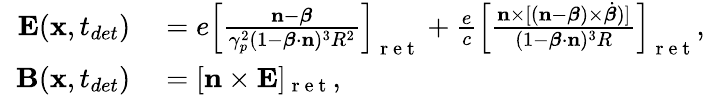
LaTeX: \begin{array}{rl}{\mathbf{E}(\mathbf{x},t_{det})}&{{}=e\left[\frac{\mathbf{n}-\boldsymbol{\beta}}{\gamma_{p}^{2}(1-\boldsymbol{\beta}\cdot\mathbf{n})^{3}R^{2}}\right]_{\mathrm{~r~e~t~}}+\frac{e}{c}\left[\frac{\mathbf{n}\times[(\mathbf{n}-\boldsymbol{\beta})\times\dot{\boldsymbol{\beta}})]}{(1-\boldsymbol{\beta}\cdot\mathbf{n})^{3}R}\right]_{\mathrm{~r~e~t~}},}\\ {\; \; \mathbf{B}(\mathbf{x},t_{det})}&{{}=[\mathbf{n}\times\mathbf{E}]_{\mathrm{~r~e~t~}},}\end{array}